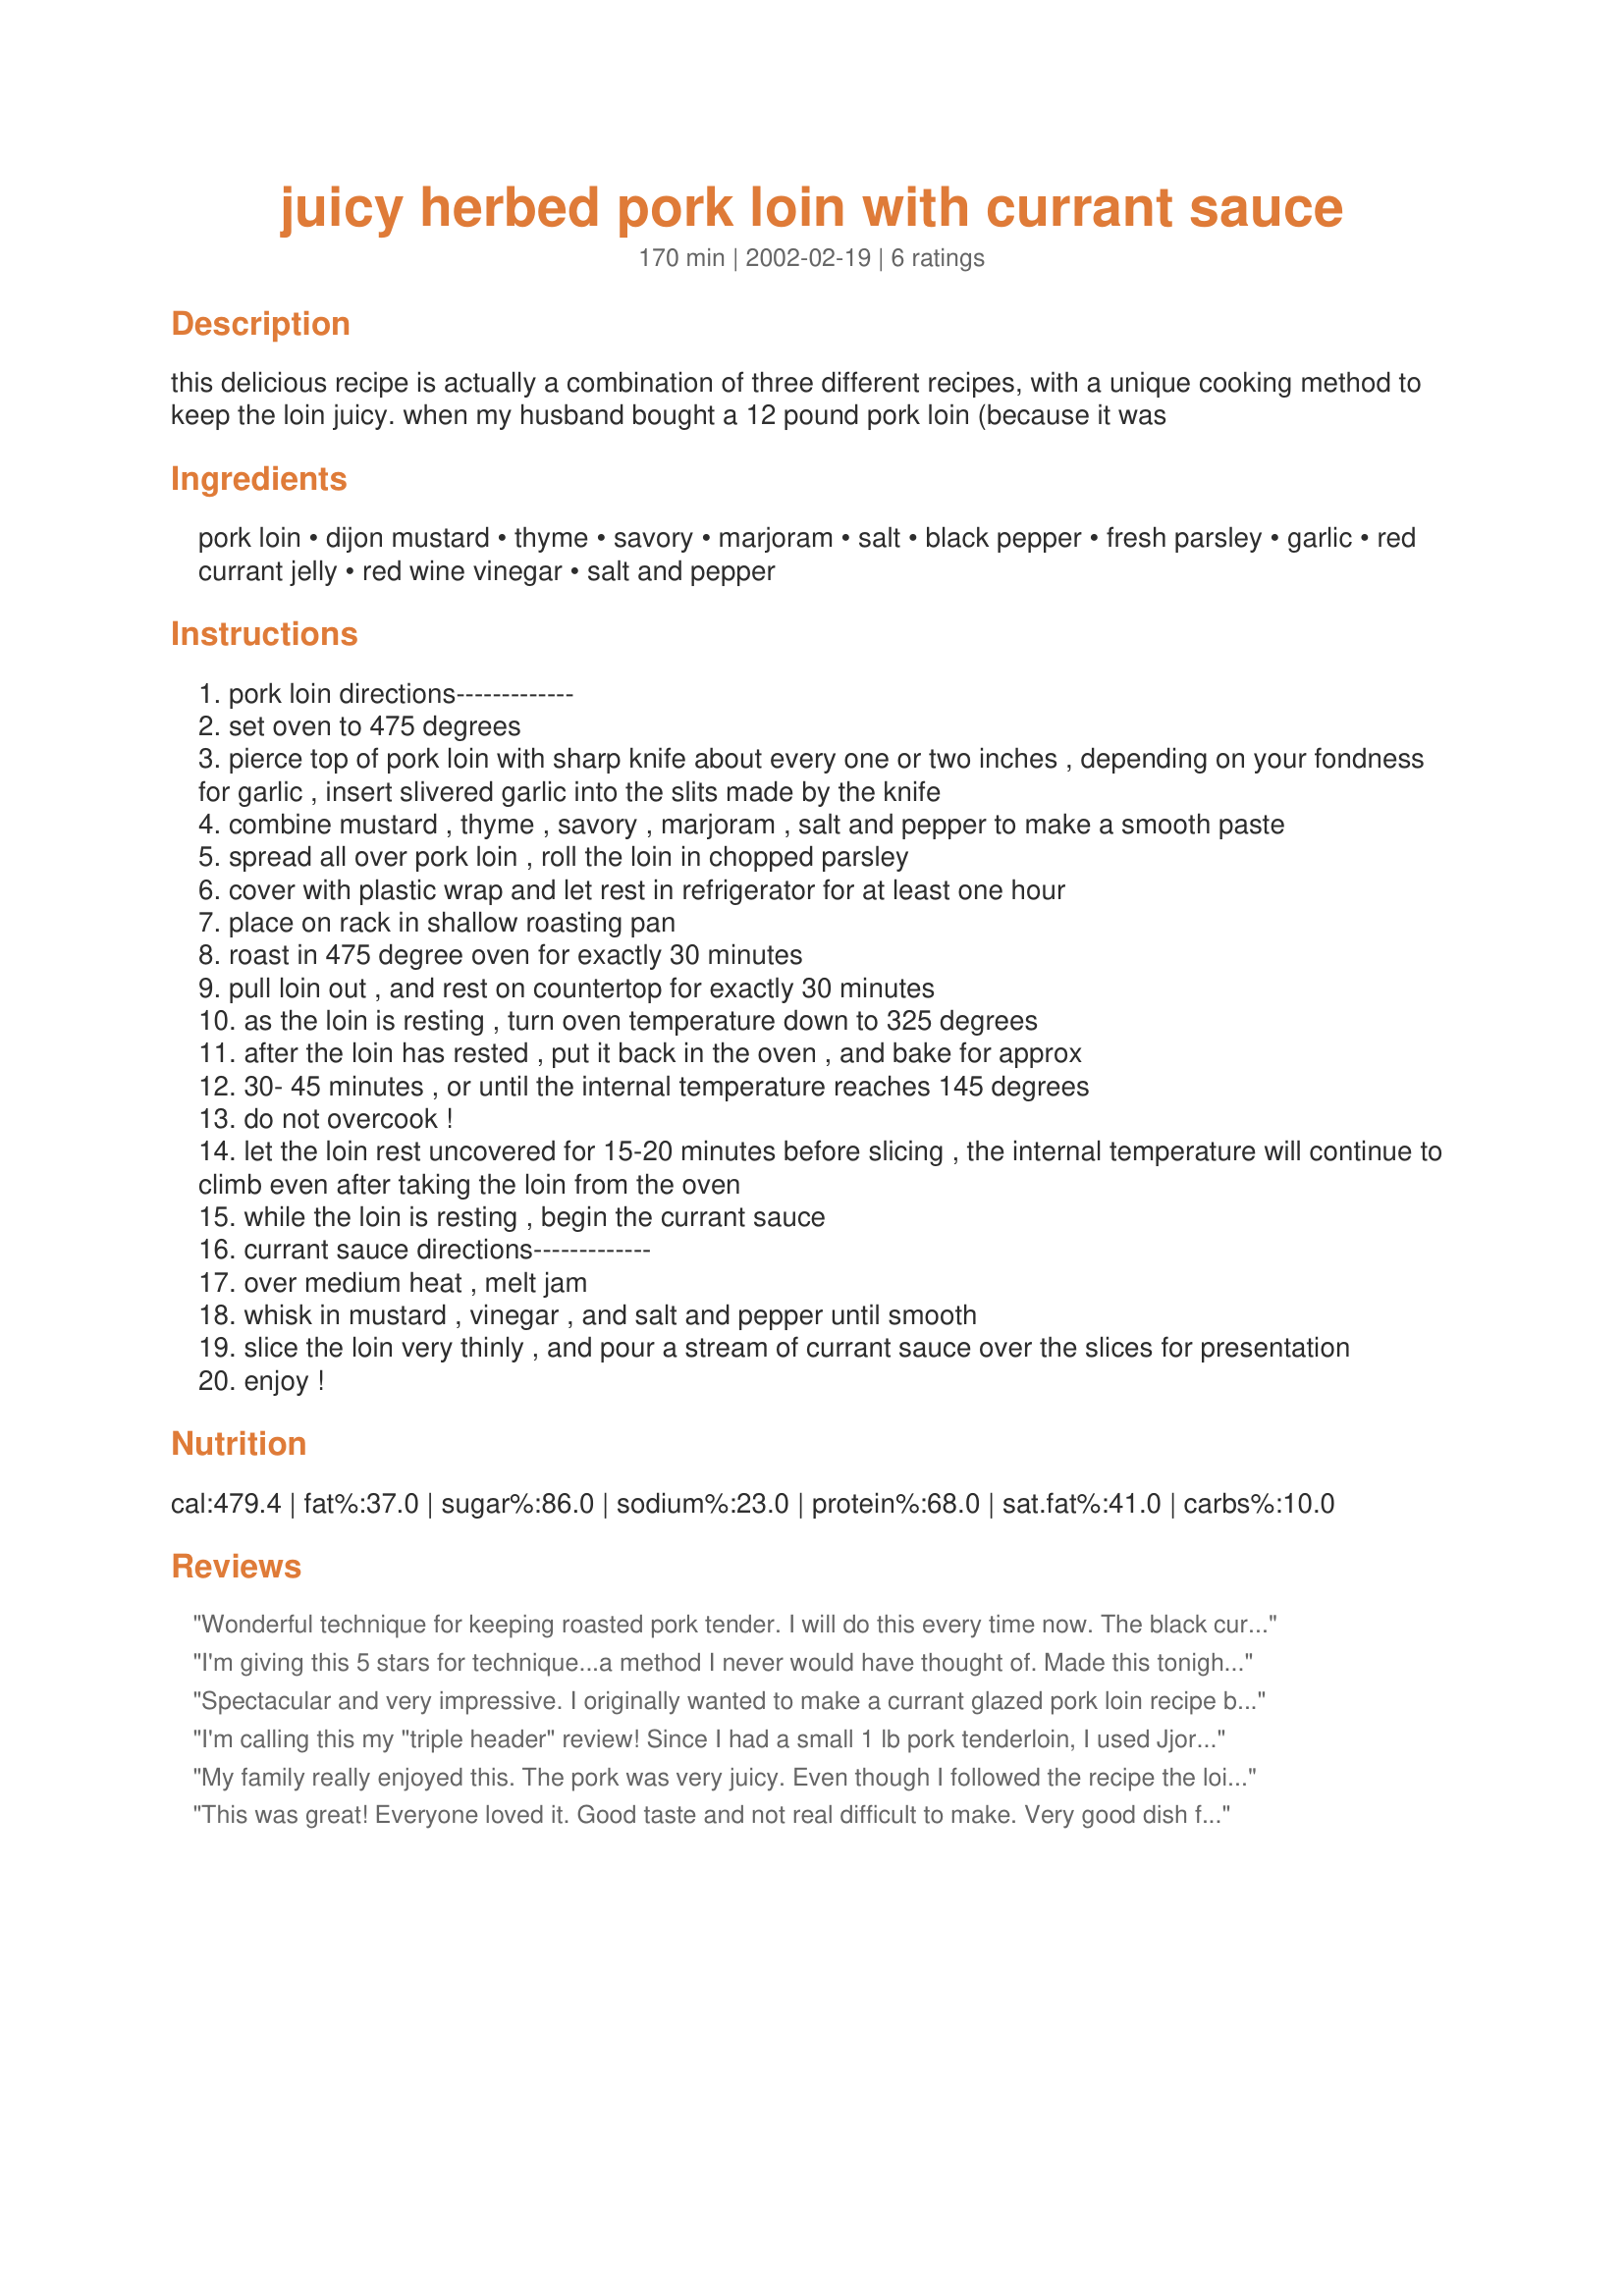
juicy herbed pork loin with currant sauce
Preparation time: 170 minutes

this delicious recipe is actually a combination of three different recipes, with a unique cooking method to keep the loin juicy. when my husband bought a 12 pound pork loin (because it was

Ingredients:
pork loin, dijon mustard, thyme, savory, marjoram, salt, black pepper, fresh parsley, garlic, red currant jelly, red wine vinegar, salt and pepper

Steps:
pork loin directions-------------
set oven to 475 degrees
pierce top of pork loin with sharp knife about every one or two inches , depending on your fondness for garlic , insert slivered garlic into the slits made by the knife
combine mustard , thyme , savory , marjoram , salt and pepper to make a smooth paste
spread all over pork loin , roll the loin in chopped parsley
cover with plastic wrap and let rest in refrigerator for at least one hour
place on rack in shallow roasting pan
roast in 475 degree oven for exactly 30 minutes
pull loin out , and rest on countertop for exactly 30 minutes
as the loin is resting , turn oven temperature down to 325 degrees
after the loin has rested , put it back in the oven , and bake for approx
30- 45 minutes , or until the internal temperature reaches 145 degrees
do not overcook !
let the loin rest uncovered for 15-20 minutes before slicing , the internal temperature will continue to climb even after taking the loin from the oven
while the loin is resting , begin the currant sauce
currant sauce directions-------------
over medium heat , melt jam
whisk in mustard , vinegar , and salt and pepper until smooth
slice the loin very thinly , and pour a stream of currant sauce over the slices for presentation
enjoy !

Reviews:
Wonderful technique for keeping roasted pork tender. I will do this every time now. The black current sauce is delicious, I added 1 tsp of balsamic syrup, could be used for other meats ie chicken. I used rosemary instead of savory, which means any unsweetened herb could be substitute. Husband loved it.
I'm giving this 5 stars for technique...a method I never would have thought of. Made this tonight and it was THE best pork I have ever prepared. I made certain modifications in the rub (used savory and sage and no mustard) and reduced time and temp because my pork roast was only 2#. But I cooked for 25 min at 450, let rest for 25 min, then roasted again for about 25 minutes or until an internal temp of 140 -- not even pink for all of those concerned -- but SO juicy even after resting perhaps 30 minutes. Next time I will take it out 5-10 minutes sooner. The currant sauce was just the right touch (tho I had to use half orange marmalade as my currant jelly was nearly gone. While it was resting I roasted chunks of butternut squash and onions tossed with olive oil at 350, reduced to 325 when I put the roast back in. Also served with stir fried rainbow swiss chard but any substantial greens would do and be a great counterpoint to this. THANK YOU for sharing your technique; I'll never cook a pork roast another way!
Spectacular and very impressive. I originally wanted to make a currant glazed pork loin recipe because I had a pork loin and frozen currants in my freezer. I assumed I could find a recipe that used fresh or frozen currents, as opposed to jelly, but I couldn’t find any. So, I chose this recipe and I made my own currant jelly by simmering about 2 cups of currants until they burst. Then I smashed them up and strained them overnight through a sieve. The next day, I took the juice (about 2/4 cups) and mixed with about a cup of sugar. Boiled it until it gelled (about 15 minutes.) It sounds like a lot of extra work, but it was simple and I think it tasted better than store bought jelly. The directions to your recipe were easy to follow and the outcome was a hit amongst my dinner party. Thank you very much!
I'm calling this my "triple header" review! Since I had a small 1 lb pork tenderloin, I used Jjortikka's (recipe #5408) for the rub & cooking instructions with my own Currant Jelly (recipe #95816) to make your sauce. It was absolutely delicious!
My family really enjoyed this. The pork was very juicy. Even though I followed the recipe the loin was undercooked and required more cooking time than was listed. No big deal.
This was great! Everyone loved it. Good taste and not real difficult to make. Very good dish for company.
